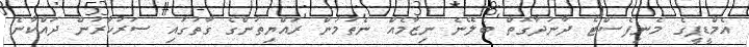
އެމްޑީޕީގެ މެނިފެސްޓޯ ދާނުދާގޮތް ބެލޭނެ ނިޒާމެއް ނެތުމުން ރައްޔިތުންގެ ގާތުގައި ސަރުކާރުން ދައްކާނެ